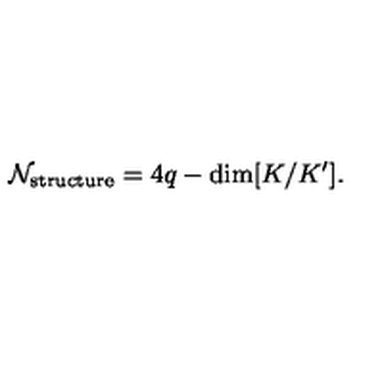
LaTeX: { \cal N } _ { \mathrm { s t r u c t u r e } } = 4 q - \mathrm { d i m } [ K / K ^ { \prime } ] .